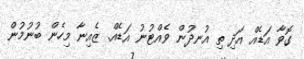
ގޮވާ އަޑެއް އަދި ތި އުނދުން ވެއްޓުނު އަޑެއް. ޒެއިނާ މިހެން ބުނުމުން